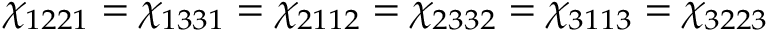
\chi _ { 1 2 2 1 } = \chi _ { 1 3 3 1 } = \chi _ { 2 1 1 2 } = \chi _ { 2 3 3 2 } = \chi _ { 3 1 1 3 } = \chi _ { 3 2 2 3 }